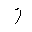
Letter: _zay